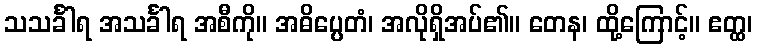
သသင်္ခါရ အသင်္ခါရ အစီကို။ အဓိပ္ပေတံ၊ အလိုရှိအပ်၏။ တေန၊ ထို့ကြောင့်။ ဧတ္ထ၊